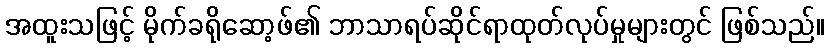
အထူးသဖြင့် မိုက်ခရိုဆော့ဖ်၏ ဘာသာရပ်ဆိုင်ရာထုတ်လုပ်မှုများတွင် ဖြစ်သည်။